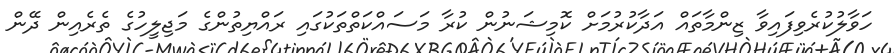
ހަވާލުކުރެވިފައިވާ ޒިންމާތައް އަދާކުރުމަށް ކޮމިޝަނުން ކުރާ މަސައްކަތްތަކުގައި ރައްޔިތުންގެ މަޖިލީހުގެ ތެރެއިން ދޭން